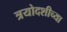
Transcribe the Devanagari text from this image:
त्रयोदशीच्या